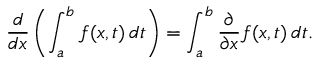
{ \frac { d } { d x } } \left( \int _ { a } ^ { b } f ( x , t ) \, d t \right) = \int _ { a } ^ { b } { \frac { \partial } { \partial x } } f ( x , t ) \, d t .